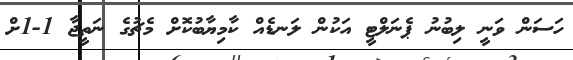
ހަސަން ވަނީ ލިބުނު ޕެނަލްޓީ އަކުން ލަނޑެއް ކާމިޔާބުކޮށް މެޗުގެ ނަތީޖާ 1-1ށް